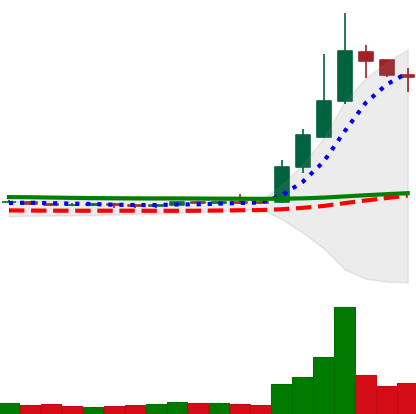
Ticker: DOGE-USD
Chart end date: 2019-04-07
Forward return: -16.442%
Label: down_7plus